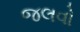
જલવો